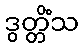
ဒွတ္တိံသ